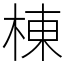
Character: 棟